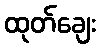
ထုတ်ချေး